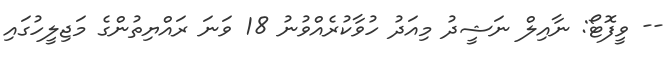
-- ވީފޮޓޯ: ނާއިލް ނަޝީދު މިއަދު ހުވާކުރެއްވުނު 18 ވަނަ ރައްޔިތުންގެ މަޖިލީހުގައި